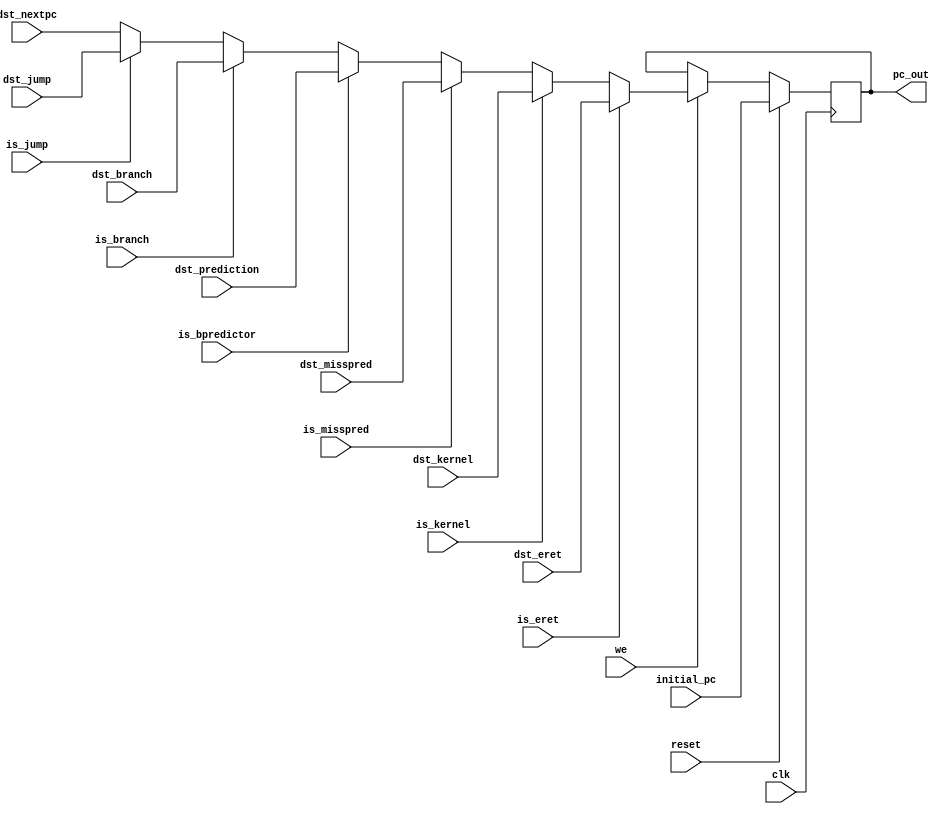
module pc(
    input wire clk,
    input wire reset,
    input wire we,
    input wire is_jump,
    input wire is_branch,
    input wire is_kernel,
    input wire is_eret,
    input wire is_bpredictor,
    input wire is_misspred,
    input wire [31:0] dst_nextpc,
    input wire [31:0] dst_jump,
    input wire [31:0] dst_branch,
    input wire [31:0] dst_kernel,
    input wire [31:0] dst_eret,
    input wire [31:0] dst_prediction,
    input wire [31:0] dst_misspred,
    input wire [31:0] initial_pc,
    output reg [31:0] pc_out
);

// Internal memory

wire [31:0] pc_computed;

// Multiplexer chain

assign pc_computed = is_eret       ? dst_eret       :
                     is_kernel     ? dst_kernel     :
                     is_misspred   ? dst_misspred   :
                     is_bpredictor ? dst_prediction :
                     is_branch     ? dst_branch     :
                     is_jump       ? dst_jump       : dst_nextpc;

// Sync output

always @(posedge clk) begin
	if (reset)   pc_out <= initial_pc;
	else if (we) pc_out <= pc_computed;
end

endmodule